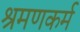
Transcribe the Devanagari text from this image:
श्रमणकर्म